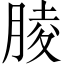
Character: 𦝄